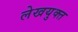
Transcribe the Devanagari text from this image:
लेखयुक्त